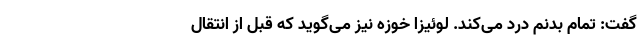
گفت: تمام بدنم درد می‌کند. لوئیزا خوزه نیز می‌گوید که قبل از انتقال